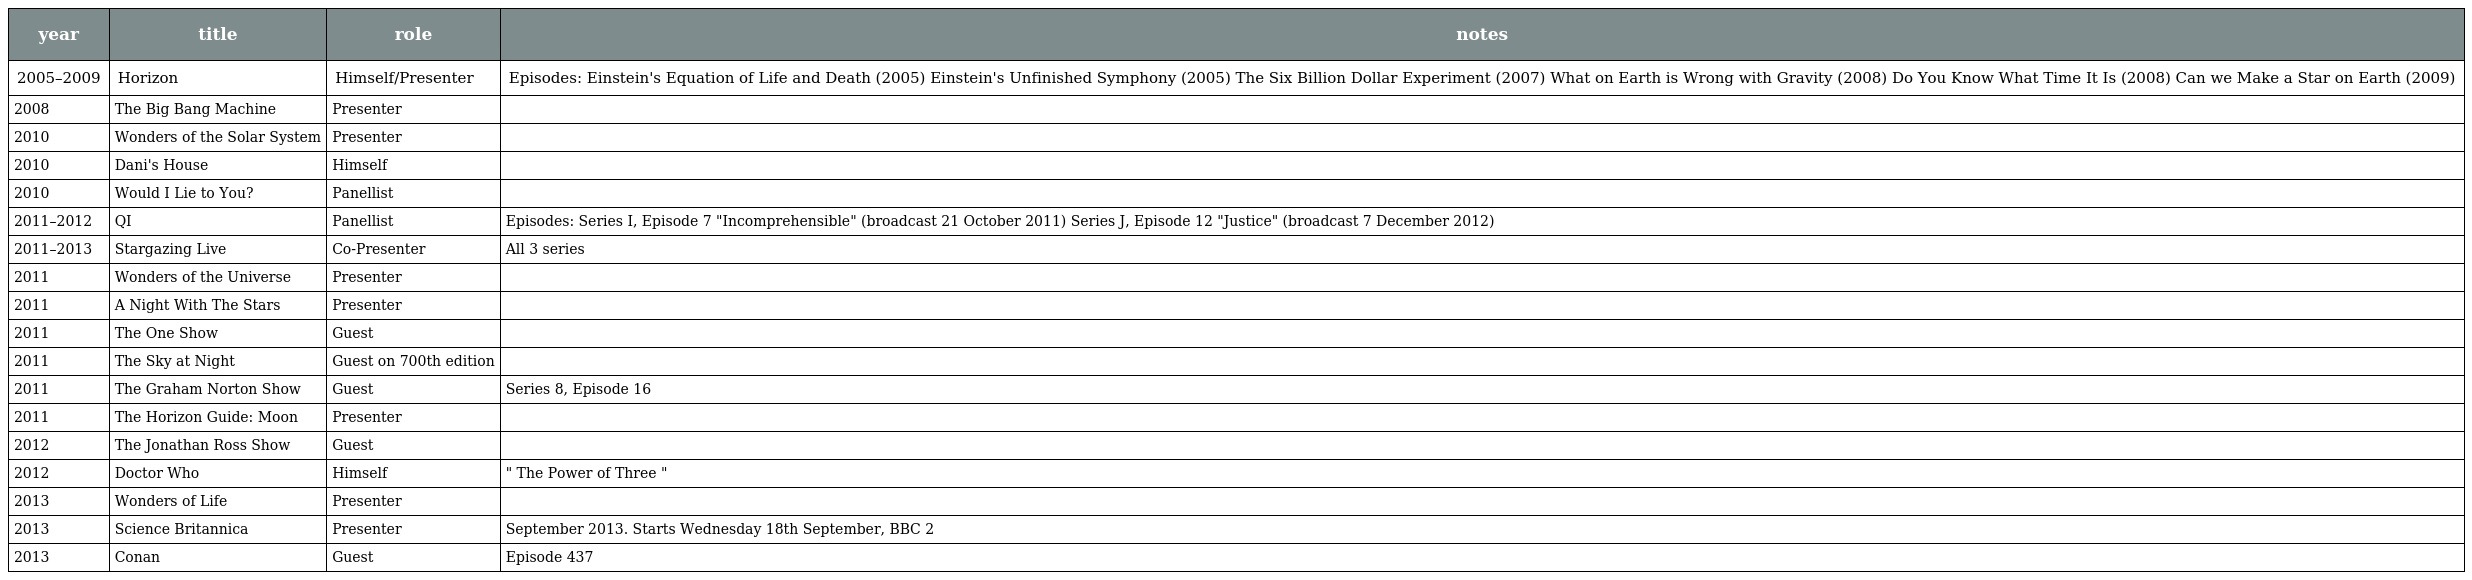
| year | title | role | notes |
 | --- | --- | --- | --- |
 | 2005–2009 | Horizon | Himself/Presenter | Episodes: Einstein's Equation of Life and Death (2005) Einstein's Unfinished Symphony (2005) The Six Billion Dollar Experiment (2007) What on Earth is Wrong with Gravity (2008) Do You Know What Time It Is (2008) Can we Make a Star on Earth (2009) |
 | 2008 | The Big Bang Machine | Presenter |  |
 | 2010 | Wonders of the Solar System | Presenter |  |
 | 2010 | Dani's House | Himself |  |
 | 2010 | Would I Lie to You? | Panellist |  |
 | 2011–2012 | QI | Panellist | Episodes: Series I, Episode 7 "Incomprehensible" (broadcast 21 October 2011) Series J, Episode 12 "Justice" (broadcast 7 December 2012) |
 | 2011–2013 | Stargazing Live | Co-Presenter | All 3 series |
 | 2011 | Wonders of the Universe | Presenter |  |
 | 2011 | A Night With The Stars | Presenter |  |
 | 2011 | The One Show | Guest |  |
 | 2011 | The Sky at Night | Guest on 700th edition |  |
 | 2011 | The Graham Norton Show | Guest | Series 8, Episode 16 |
 | 2011 | The Horizon Guide: Moon | Presenter |  |
 | 2012 | The Jonathan Ross Show | Guest |  |
 | 2012 | Doctor Who | Himself | " The Power of Three " |
 | 2013 | Wonders of Life | Presenter |  |
 | 2013 | Science Britannica | Presenter | September 2013. Starts Wednesday 18th September, BBC 2 |
 | 2013 | Conan | Guest | Episode 437 |